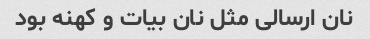
نان ارسالی مثل نان بیات و کهنه بود